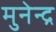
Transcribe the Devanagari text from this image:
मुनेन्द्र